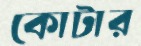
কোটার